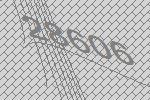
28606